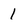
Character: 1